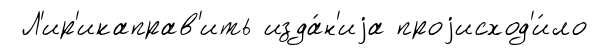
Л'ир'икаправ'ить изда́н'иjа проjисход'и́ло